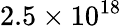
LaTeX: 2.5\times 10^{18}